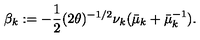
\beta _ { k } : = - \frac { 1 } { 2 } ( 2 \theta ) ^ { - 1 / 2 } \nu _ { k } ( \bar { \mu } _ { k } + \bar { \mu } _ { k } ^ { - 1 } ) .